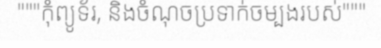
"""កុំព្យូទ័រ, និងចំណុចប្រទាក់ចម្បងរបស់"""